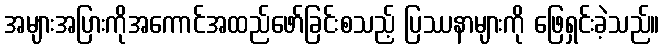
အများအပြားကိုအကောင်အထည်ဖော်ခြင်းစသည့် ပြဿနာများကို ဖြေရှင်းခဲ့သည်။